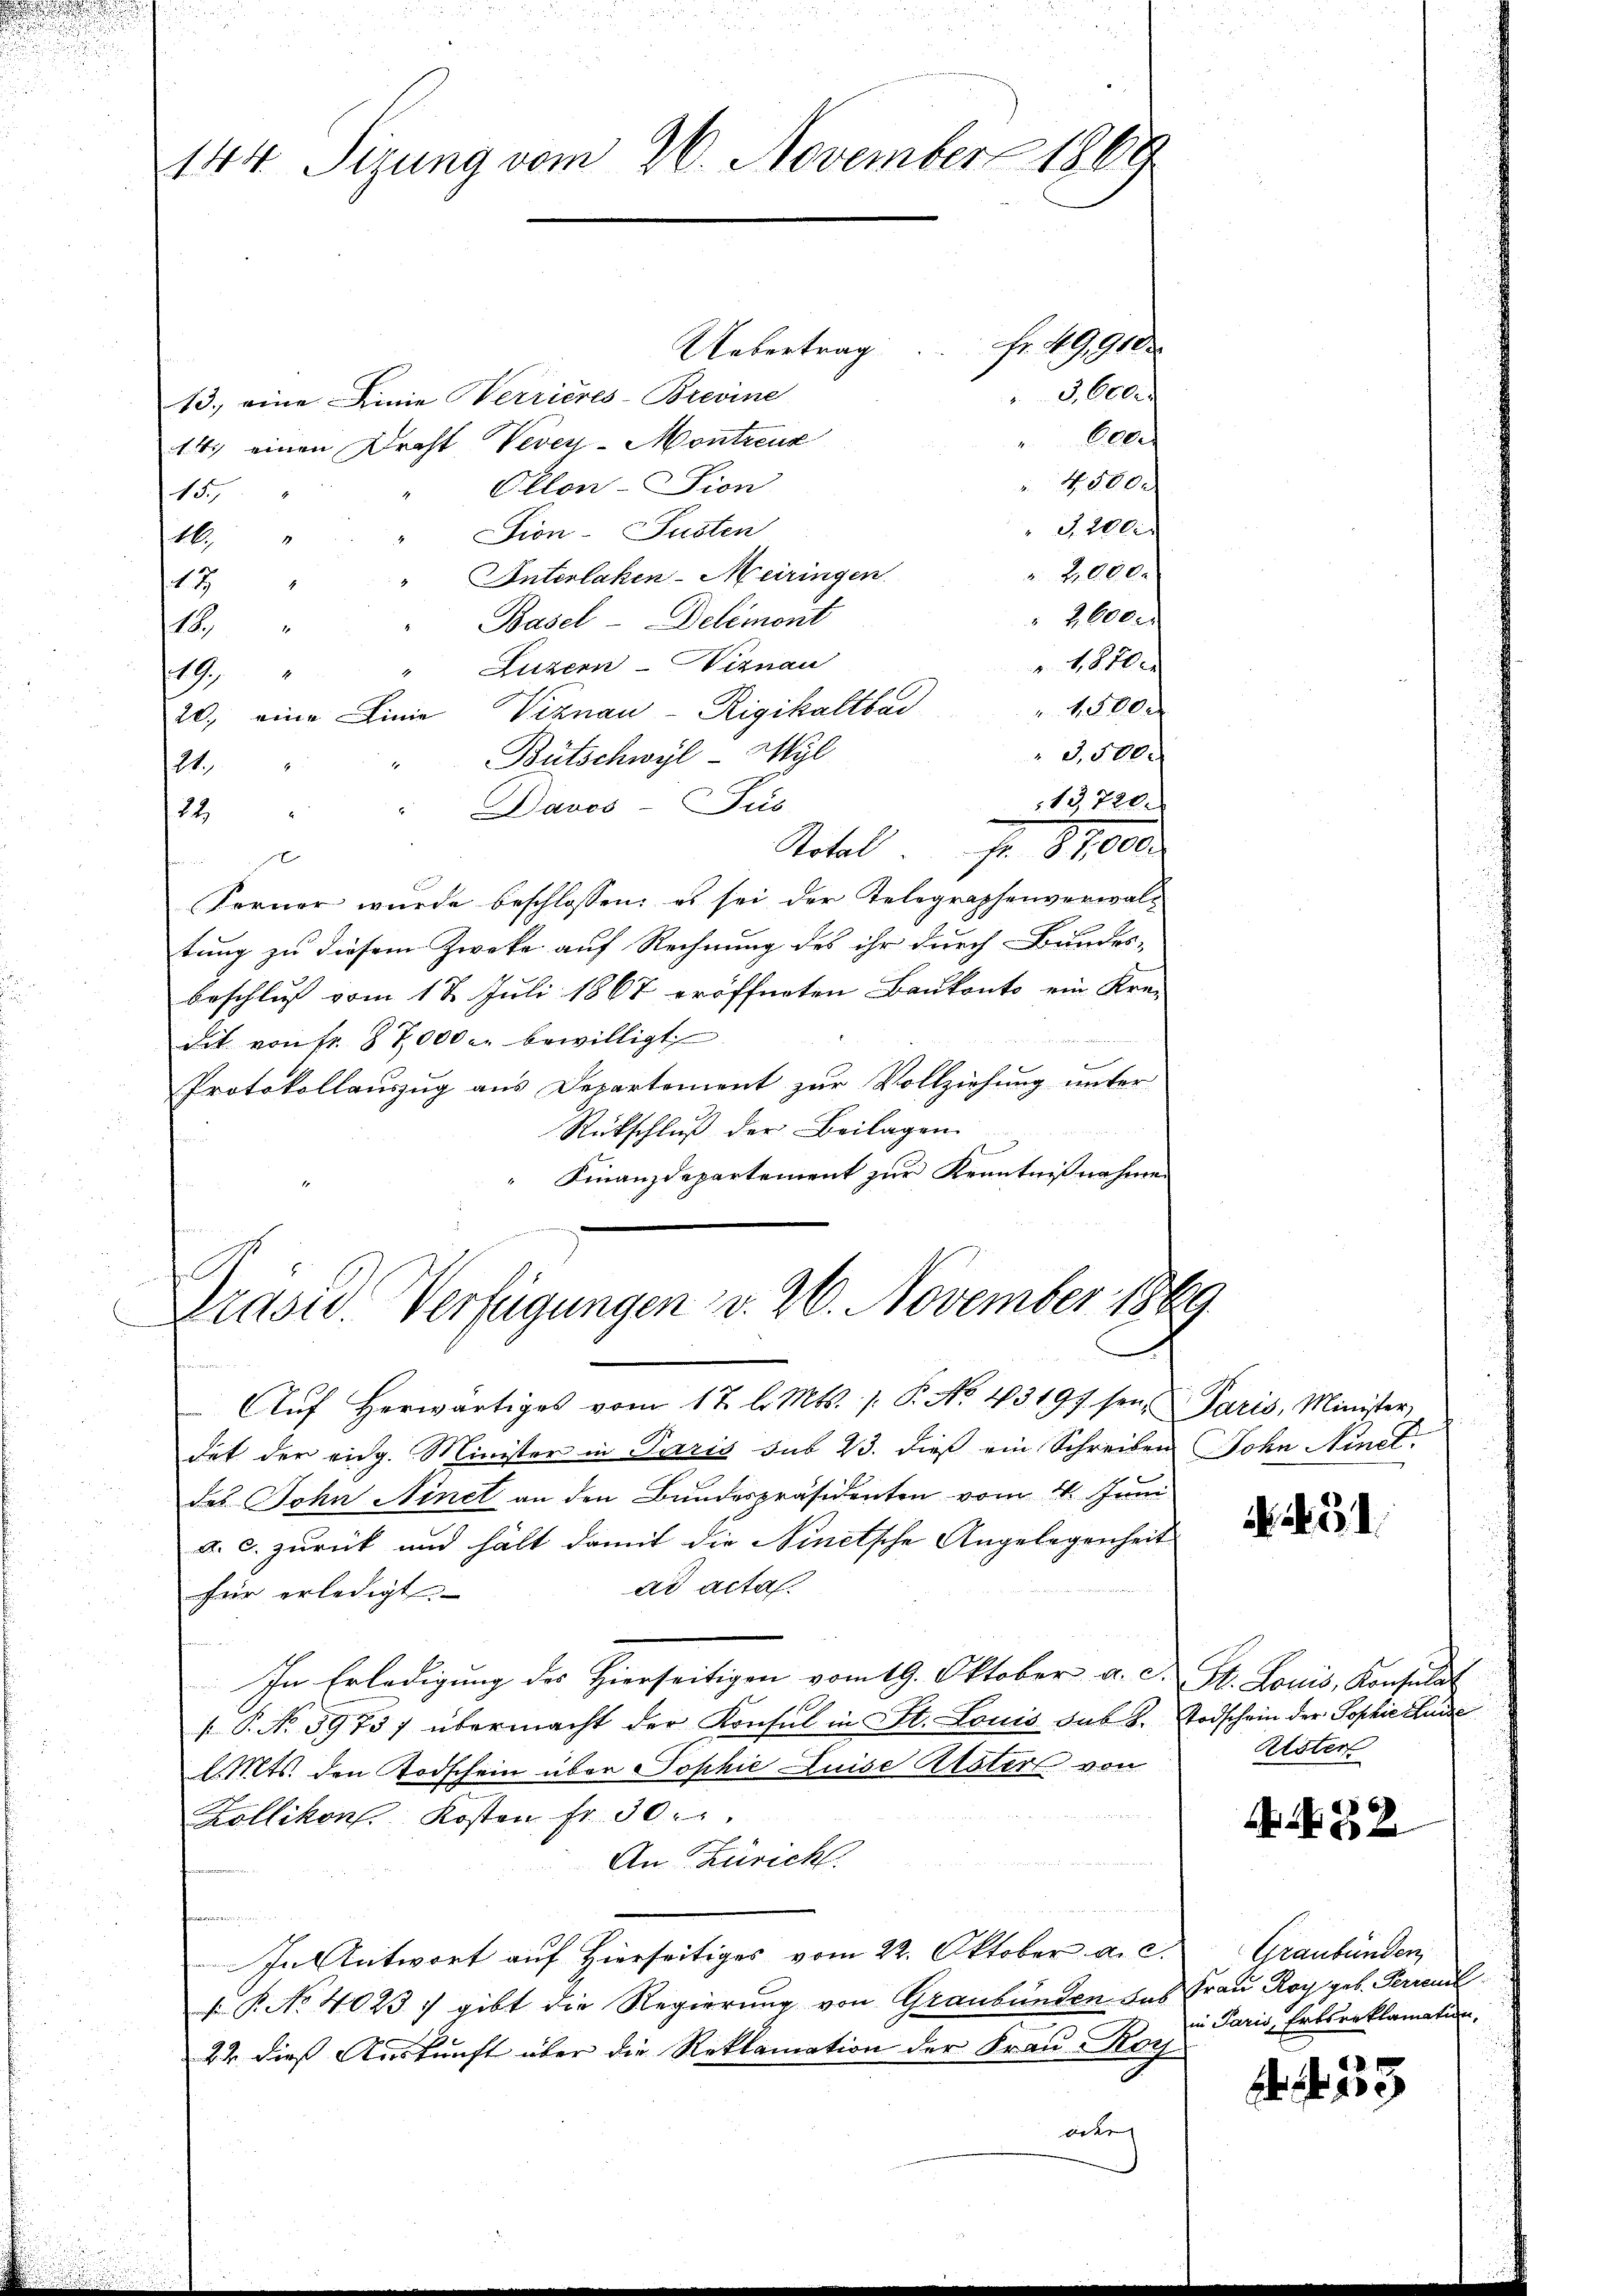
144. Sizung vom 26. November 1869

Uebertrag
3,600.
13.) eine Linie Verrieres-Brevine
Celes
14. einen Drost Vevey-Montreux
4000.
Oklon-Fion
15
" 3,200 r
Sion- Susten
1
 2000.
" Interlaken-Meiringen.
47
 2600 r
"Basel - Delémont
18
1,820.
" Luzern -Viznau
19.
1,500 x
20., eine Linie, Viznau-Rigikaltbar
3,500.
"Bütschwyl Wyl
4
24.
13720.
22 " " Davos- Puls
Stotal. Fr. 87,000.
i   der
Ferner wurde beschlossen: es sei der Telegraphenverwal-
tung zu diesem Zwecke auf Rechnung des ihr durch Bundes-
beschluß vom 18. Juli 1867 eröffneten Baukonto ein Kre-
dit von fr. 37000 bewilligt
Protokollauszug aus Departement zur Vollziehung unter
Rückschluß der Beilagen.
Finanzdepartement zur Kenntnißnahmen

Fr. 49,910.

Drasid. Verfügungen v. 26. November 1869

Aŭf herwärtiges vom 12. l. Mts. 1. P. No. 43197 sei, Paris, Minister,
det der eidg. Minister in Paris sub 23. dieß ein Schreiben Sohn Ninet.
des John Ninet an den Bundespräsidenten vom 11. Juni
a. c. zurück und hält damit die Ninetsche Angelegenheit
ad acta
für erledigt.
In Erledigung des Hierseitigen vom 19. Oktober a. d. St. Louis, Konsulat
/. P. No 59737 übermacht der Konsul in St. Louis das L. Todschein der Sophie Luise
Mts. den Todschein über Sophie Luise Alster von
Kollikon Kosten fr. 30.
An Zürich.
In Antwort auf Hierseitiges vom 22. Oktober a. c.
s P. No 40237 gibt die Regierung von Graubünden das Frau Roy geb. Perrenl
22 dies Auskunft über die Reklamation der Frau Koch
oder

. 31.

Kisten

N 52

Graubünden,
in Paris, Erbsreklamation.